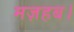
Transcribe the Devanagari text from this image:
मज़हब।